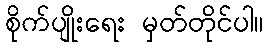
စိုက်ပျိုးရေး မှတ်တိုင်ပါ။